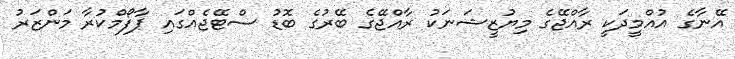
އޭނާގެ އުއްމީދަކީ ރާއްޖޭގެ މިޔުޒީޝަނަކު ރާއްޖޭގެ ބޭރުގެ ބޮޑު ސްޓޭޖެއްގައި ޕާފޯމްކުރާ މަންޒަރު